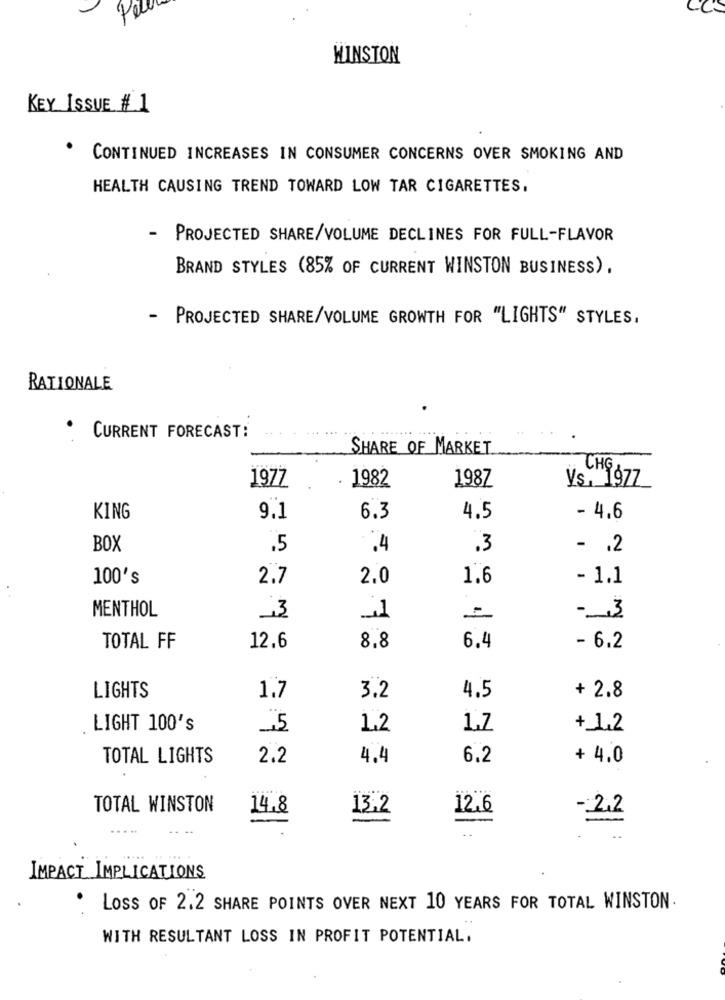
WINSTON
KEY ISSUE # 1
CONTINUED INCREASES IN CONSUMER CONCERNS OVER SMOKING AND
HEALTH CAUSING TREND TOWARD LOW TAR CIGARETTES.
-
PROJECTED SHARE/VOLUME DECLINES FOR FULL-FLAVOR
BRAND STYLES (85% OF CURRENT WINSTON BUSINESS).
- PROJECTED SHARE/VOLUME GROWTH FOR "LIGHTS" STYLES,
RATIONALE
CURRENT FORECAST:
SHARE OF MARKET
CHG
1977
1982
Vs. 1977
198Z
KING
9.1
6.3
4.5
- 4.6
BOX
.5
.4
.3
- . 2
100's
2.7
2.0
1.6
- 1.1
MENTHOL
,3
-3
TOTAL FF
12.6
8.8
6.4
- 6.2
LIGHTS
1.7
3.2
4.5
+ 2.8
LIGHT 100's
,5
1.2
1.Z
+_1,2
TOTAL LIGHTS
2.2
4.4
6.2
+ 4.0
TOTAL WINSTON
14.8
13,2
12.6
-2,2
IMPACT IMPLICATIONS
LOSS OF 2.2 SHARE POINTS OVER NEXT 10 YEARS FOR TOTAL WINSTON
WITH RESULTANT LOSS IN PROFIT POTENTIAL.